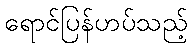
ရောင်ပြန်ဟပ်သည့်